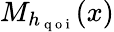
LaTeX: M_{h_{\mathrm{~q~o~i~}}}(x)